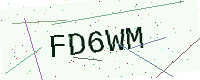
Text: FD6WM